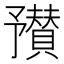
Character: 𬼼